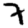
Digit: 3